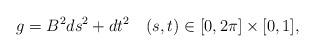
LaTeX: \begin{align*}g=B^2ds^2+dt^2\quad (s,t)\in [0 ,2\pi ]\times [0,1],\end{align*}